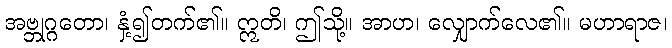
အဗ္ဘုဂ္ဂတော၊ နှံ့၍တက်၏။ ဣတိ၊ ဤသို့။ အာဟ၊ လျှောက်လေ၏။ မဟာရာဇ၊